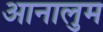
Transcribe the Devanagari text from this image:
आनालुम